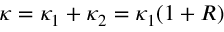
\kappa = \kappa _ { 1 } + \kappa _ { 2 } = \kappa _ { 1 } ( 1 + R )